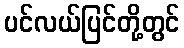
ပင်လယ်ပြင်တို့တွင်